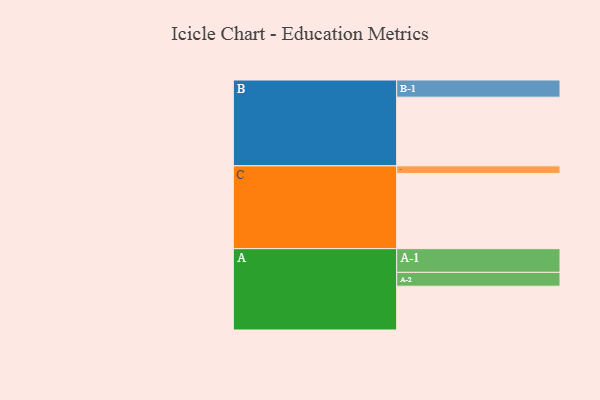
{"axis": {"x": "Segment", "y": "Value"}, "legend": ["", "A", "B", "C"], "data": [{"x": "A", "y": 329, "type": ""}, {"x": "B", "y": 516, "type": ""}, {"x": "C", "y": 565, "type": ""}, {"x": "A-1", "y": 178, "type": "A"}, {"x": "A-2", "y": 104, "type": "A"}, {"x": "B-1", "y": 129, "type": "B"}, {"x": "C-1", "y": 57, "type": "C"}]}